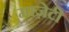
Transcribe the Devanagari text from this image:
माज़ेटी